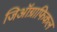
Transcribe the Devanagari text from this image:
जिऑग्राफिकल